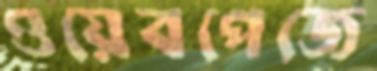
ওয়েবপেজে